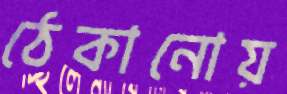
ঠেকানোয়